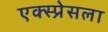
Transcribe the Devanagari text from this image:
एक्स्प्रेसला